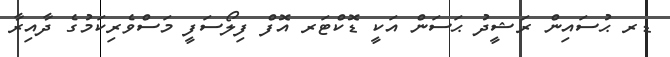
ޑރ ޙުސައިން ރަޝީދު ޙަސަން އަކީ ޑޮކްޓަރ އޮފް ފިލޯސަފީ މަސްވެރިކަމުގެ ދާއިރާ